Report of the Indian Hemp Drugs Commission, 1894-1895 - Volume V
Year: 1894
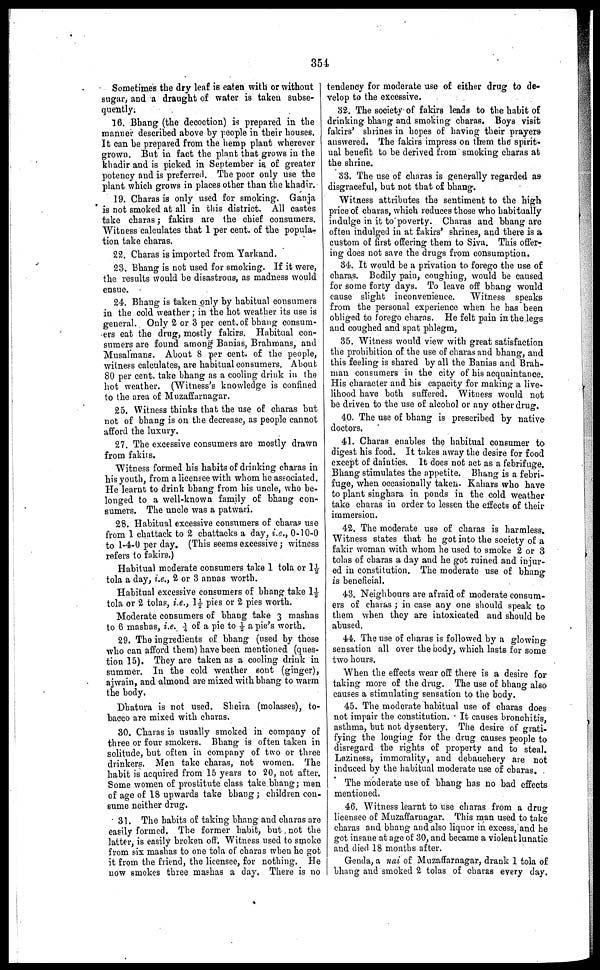
354
Sometimes the dry leaf is eaten with or without
sugar, and a draught of water is taken subse-
quently.
16. Bhang (the decoction) is prepared in the
manner described above by people in their houses.
It can be prepared from the hemp plant wherever
grown. But in fact the plant that grows in the
khadir and is picked in September is of greater
potency and is preferred. The poor only use the
plant which grows in places other than the khadir.
19. Charas is only used for smoking. Ganja
is not smoked at all in this district. All castes
take charas ; fakirs are the chief consumers.
Witness calculates that 1 per cent. of the popula-
tion take charas.
22. Charas is imported from Yarkand.
23. Bhang is not used for smoking. If it were,
the results would be disastrous, as madness would
ensue.
24. Bhang is taken only by habitual consumers
in the cold weather ; in the hot weather its use is
general. Only 2 or 3 per cent. of bhang consum-
ers eat the drug, mostly fakirs. Habitual con-
sumers are found among Banias, Brahmans, and
Musalmans. About 8 per cent. of the people,
witness calculates, are habitual consumers. About
80 per cent. take bhang as a cooling drink in the
hot weather. (Witness's knowledge is confined
to the area of Muzaffarnagar.
25. Witness thinks that the use of charas but
not of bhang is on the decrease, as people cannot
afford the luxury.
27. The excessive consumers are mostly drawn
from fakirs.
"Witness formed his habits of drinking charas in
his youth, from a licensee with whom he associated.
He learnt to drink bhang from his uncle, who be-
longed to a well-known family of bhang con-
sumers. The uncle was a patwari.
28. Habitual excessive consumers of charas use
from 1 chattack to 2 chattacks a day, i.e., 0-10-0
to 1-4-0 per day. (This seems excessive ; witness
refers to fakirs.)
Habitual moderate consumers take 1 tola or 1½
tola a day, i.e., 2 or 3 annas worth.
Habitual excessive consumers of bhang take 1½
tola or 2 tolas, i.e., 1½ pies or 2 pies worth.
Moderate consumers of bhang take 3 mashas
to 6 mashas, i.e. ¼ of a pie to ½ a pie's worth.
29. The ingredients of bhang (used by those
who can afford them) have been mentioned (ques-
tion 15). They are taken as a cooling drink in
summer. In the cold weather sont (ginger),
ajwain, and almond are mixed with bhang to warm
the body,
Dhatura is not used. Sheira (molasses), to-
bacco are mixed with charas.
30. Charas is usually smoked in company of
three or four smokers. Bhang is often taken in
solitude, but often in company of two or three
drinkers. Men take charas, not women. The
habit is acquired from 15 years to 20, not after.
Some women of prostitute class take bhang ; men
of age of 18 upwards take bhang ; children con-
sume neither drug.
31. The habits of taking bhang and charas are
easily formed. The former habit, but not the
latter, is easily broken off. Witness used to smoke
from six mashas to one tola of charas when he got
it from the friend, the licensee, for nothing. He
now smokes three mashas a day. There is no
tendency for moderate use of either drug to de-
velop to the excessive.
32. The society of fakirs leads to the habit of
drinking bhang and smoking charas. Boys visit
fakirs' shrines in hopes of having their prayers
answered. The fakirs impress on them the spirit-
ual benefit to be derived from smoking charas at
the shrine.
33. The use of charas is generally regarded as
disgraceful, but not that of bhang.
Witness attributes the sentiment to the high
price of charas, which reduces those who habitually
indulge in it to poverty. Charas and bhang are
often indulged in at fakirs' shrines, and there is a
custom of first offering them to Siva. This offer-
ing does not save the drugs from consumption.
34. It would be a privation to forego the use of
charas. Bodily pain, coughing, would be caused
for some forty days. To leave off bhang would
cause slight inconvenience.
Witness speaks
from the personal experience when he has been
obliged to forego charas. He felt pain in the legs
and coughed and spat phlegm,
35. Witness would view with great satisfaction
the prohibition of the use of charas and bhang, and
this feeling is shared by all the Banias and Brah-
man consumers in the city of his acquaintance.
His character and his capacity for making a live-
lihood have both suffered. Witness would not
be driven to the use of alcohol or any other drug.
40. The use of bhang is prescribed by native
doctors.
41. Charas enables the habitual consumer to
digest his food. It takes away the desire for food
except of dainties. It does not act as a febrifuge.
Bhang stimulates the appetite. Bhang is a febri-
fuge, when occasionally taken. Kahars who have
to plant singhara in ponds in the cold weather
take charas in order to lessen the effects of their
immersion.
42. The moderate use of charas is harmless.
Witness states that he got into the society of a
fakir woman with whom he used to smoke 2 or 3
tolas of charas a day and he got ruined and injur-
ed in constitution. The moderate use of bhang
is beneficial.
43. Neighbours are afraid of moderate consum-
ers of charas ; in case any one should speak to
them when they are intoxicated and should be
abused.
44. The use of charas is followed by a glowing
sensation all over the body, which lasts for some
two hours.
When the effects wear off there is a desire for
taking more of the drug. The use of bhang also
causes a stimulating sensation to the body.
45. The moderate habitual use of charas does
not impair the constitution. It causes bronchitis
asthma, but not dysentery. The desire of grati-
fying the longing for the drug causes people to
disregard the rights of property and to steal.
Laziness, immorality, and debauchery are not
induced by the habitual moderate use of charas.
The moderate use of bhang has no bad effects
mentioned.
46. Witness learnt to use charas from a drug
licensee of Muzaffarnagar. This man used to take
charas and bhang and also liquor in excess, and he
got insane at age of 30, and became a violent lunatic
and died 18 months after.
Genda, a nai of Muzaffarnagar, drank 1 tola of
bhang and smoked 2 tolas of charas every day.